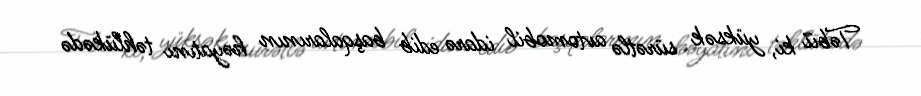
Təbii ki, yüksək sürətlə avtomobil idarə edib başqalarının həyatını təhlükədə